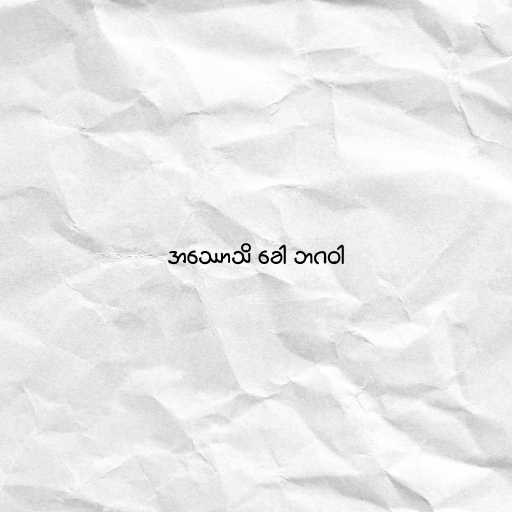
အဿောသိ ခေါ ဘဂဝါ